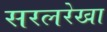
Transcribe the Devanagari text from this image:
सरलरेखा